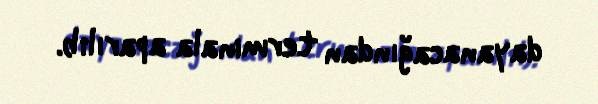
dayanacağından terminala aparılıb.